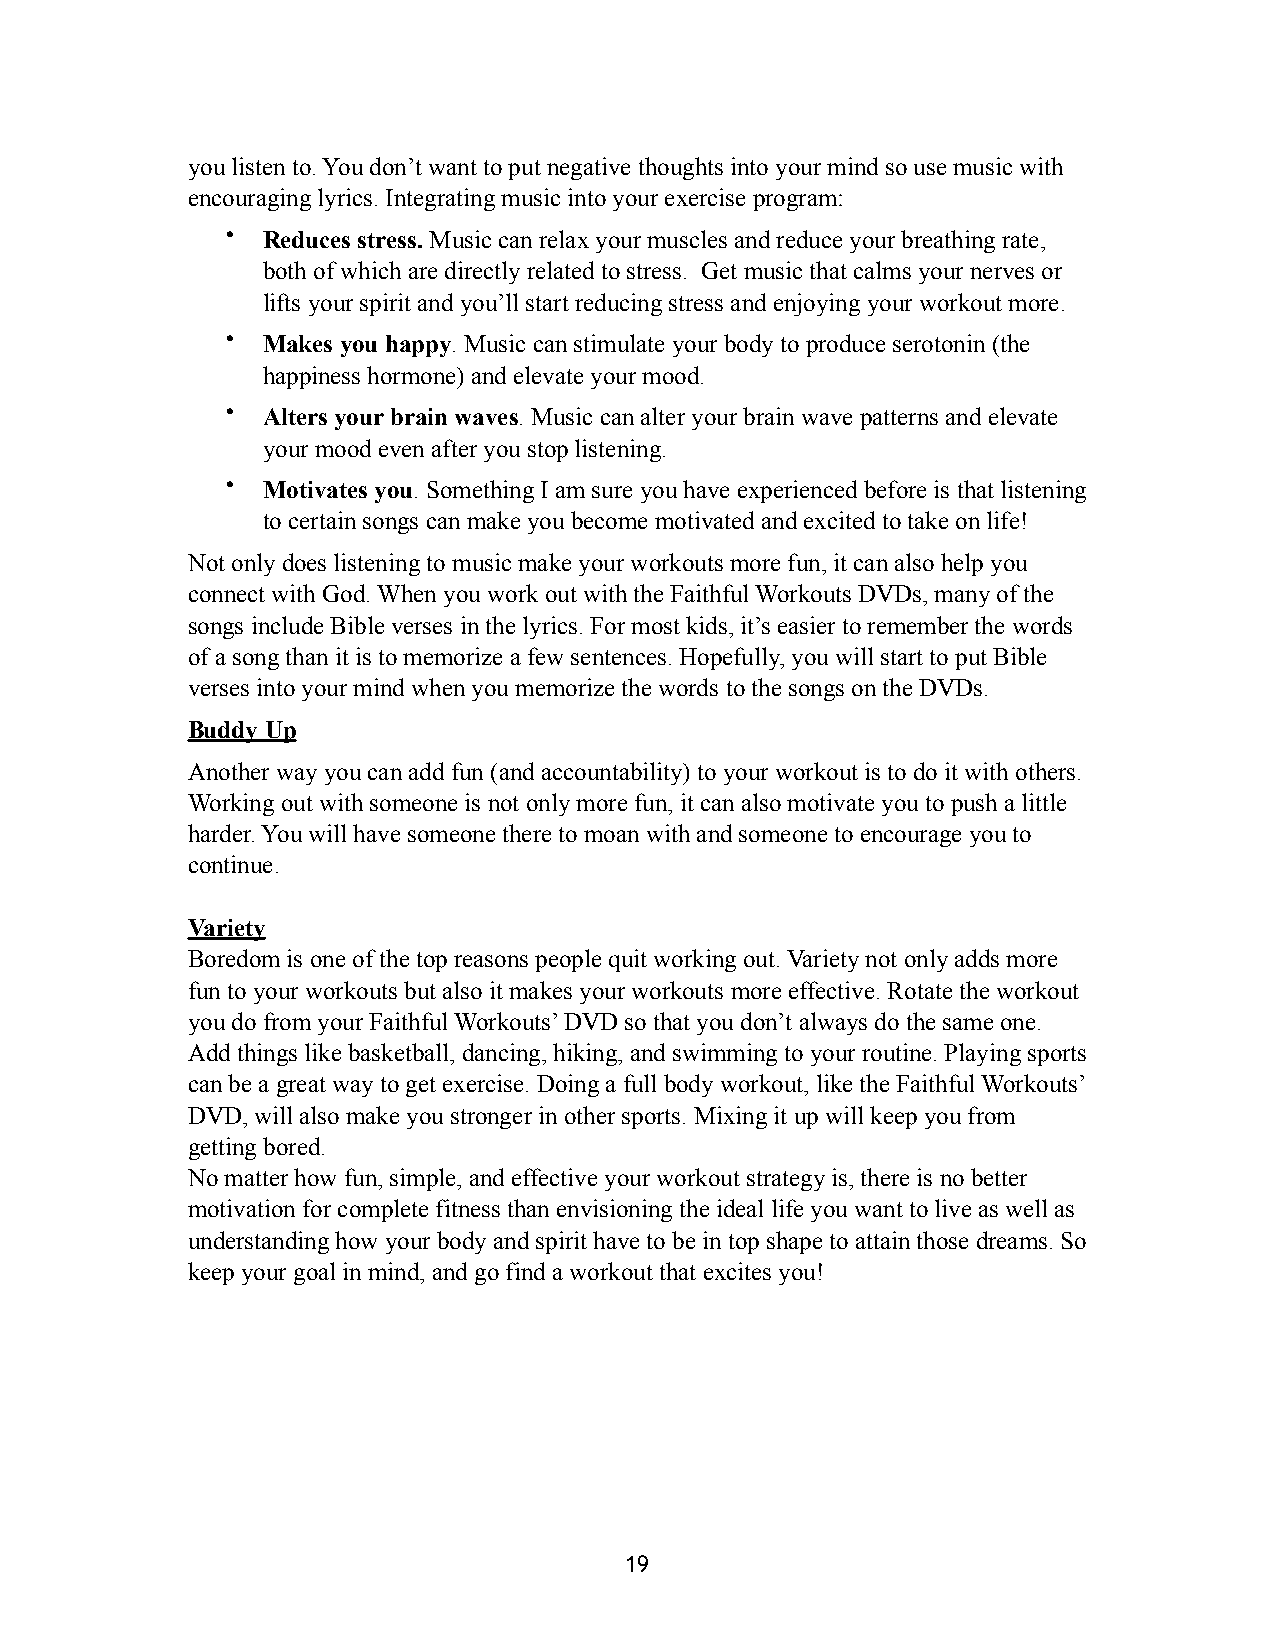
you listen to. You don’t want to put negative thoughts into your mind so use music with
 encouraging lyrics. Integrating music into your exercise program:
 • Reduces stress. Music can relax your muscles and reduce your breathing rate,
 both of which are directly related to stress. Get music that calms your nerves or
 lifts your spirit and you’ll start reducing stress and enjoying your workout more.
 • Makes you happy. Music can stimulate your body to produce serotonin (the
 happiness hormone) and elevate your mood.
 • Alters your brain waves. Music can alter your brain wave patterns and elevate
 your mood even after you stop listening.
 • Motivates you. Something I am sure you have experienced before is that listening
 to certain songs can make you become motivated and excited to take on life!
 Not only does listening to music make your workouts more fun, it can also help you
 connect with God. When you work out with the Faithful Workouts DVDs, many of the
 songs include Bible verses in the lyrics. For most kids, it’s easier to remember the words
 of a song than it is to memorize a few sentences. Hopefully, you will start to put Bible
 verses into your mind when you memorize the words to the songs on the DVDs.
 Buddy Up
 Another way you can add fun (and accountability) to your workout is to do it with others.
 Working out with someone is not only more fun, it can also motivate you to push a little
 harder. You will have someone there to moan with and someone to encourage you to
 continue.
 Variety
 Boredom is one of the top reasons people quit working out. Variety not only adds more
 fun to your workouts but also it makes your workouts more effective. Rotate the workout
 you do from your Faithful Workouts’ DVD so that you don’t always do the same one.
 Add things like basketball, dancing, hiking, and swimming to your routine. Playing sports
 can be a great way to get exercise. Doing a full body workout, like the Faithful Workouts’
 DVD, will also make you stronger in other sports. Mixing it up will keep you from
 getting bored.
 No matter how fun, simple, and effective your workout strategy is, there is no better
 motivation for complete fitness than envisioning the ideal life you want to live as well as
 understanding how your body and spirit have to be in top shape to attain those dreams. So
 keep your goal in mind, and go find a workout that excites you!
 19